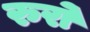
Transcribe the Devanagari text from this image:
रुरो